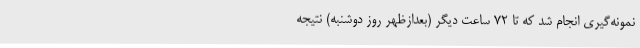
نمونه‌گیری انجام شد که تا ۷۲ ساعت دیگر (بعدازظهر روز دوشنبه) نتیجه